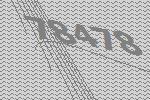
78478